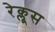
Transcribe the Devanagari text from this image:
रेक्लूस